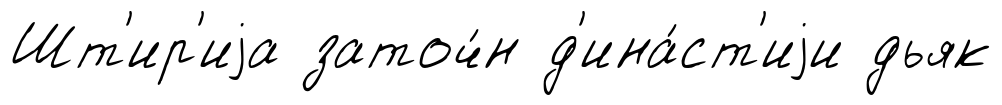
Шт'ир'иjа заточ́н д'ина́ст'иjи дьяк